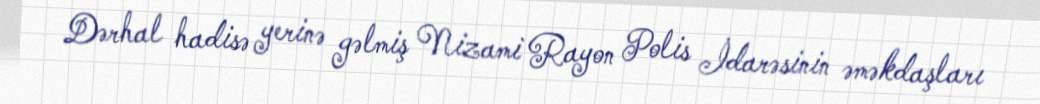
Dərhal hadisə yerinə gəlmiş Nizami Rayon Polis İdarəsinin əməkdaşları